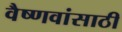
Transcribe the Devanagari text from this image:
वैष्णवांसाठी